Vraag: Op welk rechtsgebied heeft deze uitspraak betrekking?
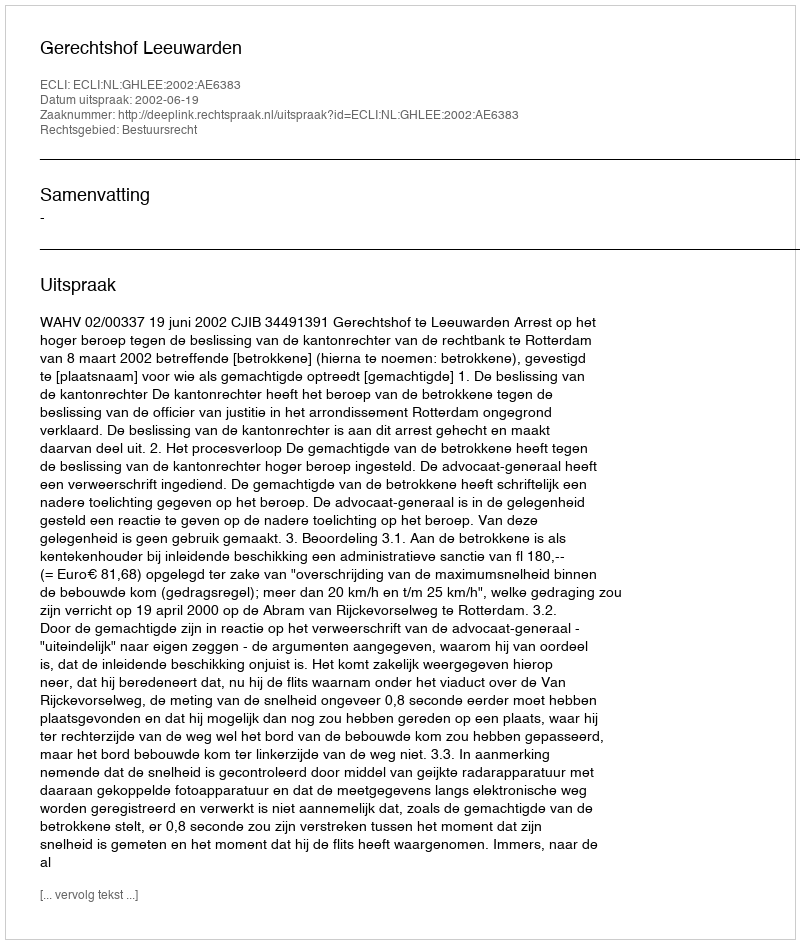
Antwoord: Bestuursrecht